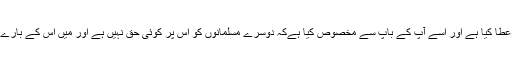
خدا نے فدک تیرے باپ کو عطا کیا ہے اور اسے آپ کے باپ سے مخصوص کیا ہےکہ دوسرے مسلمانوں کو اس پر کوئی حق نہیں ہے اور میں اس کے بارے میں جو چاہوں کرسکتا ہوں۔